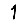
Digit: 1